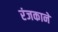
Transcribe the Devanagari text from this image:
रंजकाने